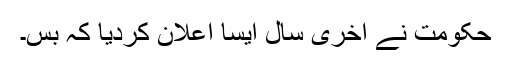
حکومت نے آخری سال ایسا اعلان کردیا کہ بس۔